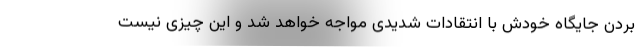
بردن جایگاه خودش با انتقادات شدیدی مواجه خواهد شد و این چیزی نیست